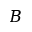
B